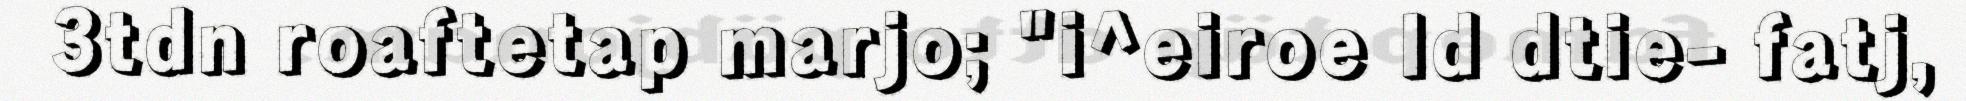
3tdn roaftetap marjo; "i^eiroe Id dtie- fatj,